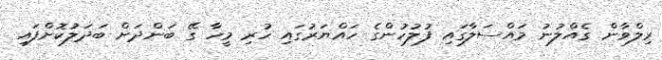
ރިލްވާން ގެއްލުނު މައްސަލާގައި ފުލުހުންގެ ހައްޔަރުގައި ހުރި މީހާ ގޭ ބަންދަށް ބަދަލުކޮށްފައި